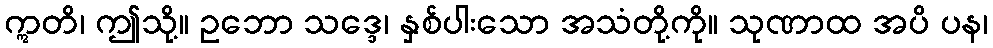
ဣတိ၊ ဤသို့။ ဥဘော သဒ္ဒေ၊ နှစ်ပါးသော အသံတို့ကို။ သုဏာထ အပိ ပန၊